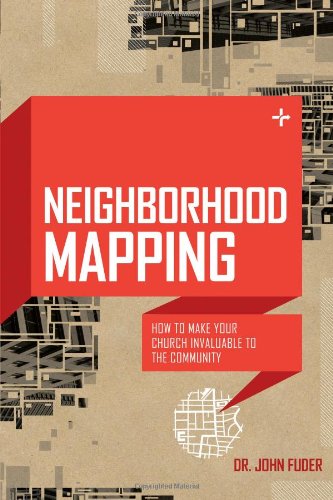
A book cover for Neighborhood Mapping: How to Make Your Church Invaluable to the Community; John Dr. Fuder; Christian Books & Bibles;